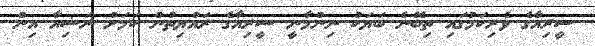
ސީރިއާގެ ވެރިކަމުގައި ތިބޭނެ ބަޔަކު ނިންމާނީ ސީރިއާގެ ރައްޔިތުން ކަމަށް ރަޝިއާ އިން